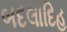
બદલાદિહ